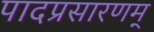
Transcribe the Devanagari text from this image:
पादप्रसारणम्